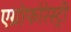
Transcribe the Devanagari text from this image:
एग्रोफोरेस्ट्री